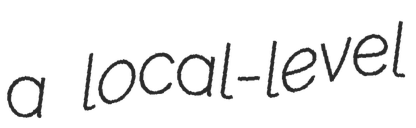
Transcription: a local-level